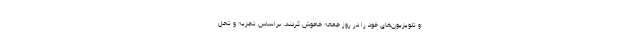
و تلویزیون‌های خود را در روز جمعه خاموش کردند. براساس تجزیه و تحل